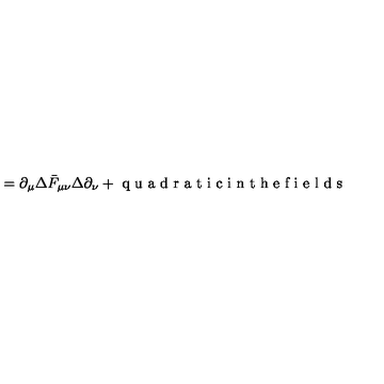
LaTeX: = \partial _ { \mu } \Delta \bar { F } _ { \mu \nu } \Delta \partial _ { \nu } + \textrm { q u a d r a t i c i n t h e f i e l d s }